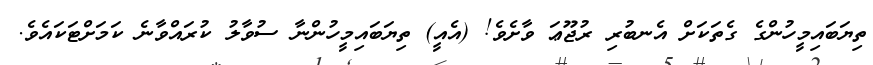
ތިޔަބައިމީހުންގެ ގެތަކަށް އެނބުރި ރުޖޫޢަ ވާށެވެ! (އެއީ) ތިޔަބައިމީހުންނާ ސުވާލު ކުރައްވާނެ ކަމަށްޓަކައެވެ.